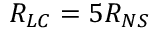
R _ { L C } = 5 R _ { N S }